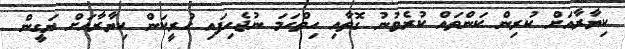
ކިޔާރާއަށް ކުރިން ކަންތައް ކުރެވުނު ގޮތާއި ހިތްހަމަ ނުޖެހިފައި ހުރީކަން ކިޔާރާއަށް ޔަގީން